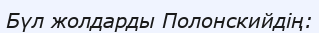
Бүл жолдарды Полонскийдің: